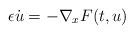
LaTeX: \begin{align*}\epsilon \dot{u}=-\nabla_{{x}} F(t,u) \end{align*}